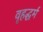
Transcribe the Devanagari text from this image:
वृहद्धर्म